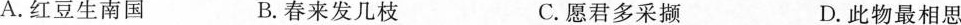
A.红豆生南国 B.春来发几枝 C.愿君多采撷 D.此物最相思